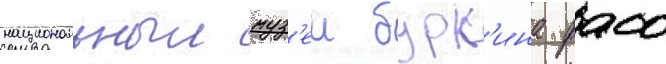
национальныи муз'еи бурк'ина фасо